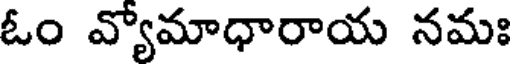
ఓం వ్యోమాధారాయ నమః